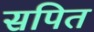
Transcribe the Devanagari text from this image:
सपित